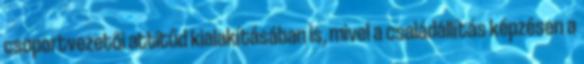
csoportvezetői attitűd kialakításában is, mivel a családállítás képzésen a